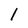
Character: 1